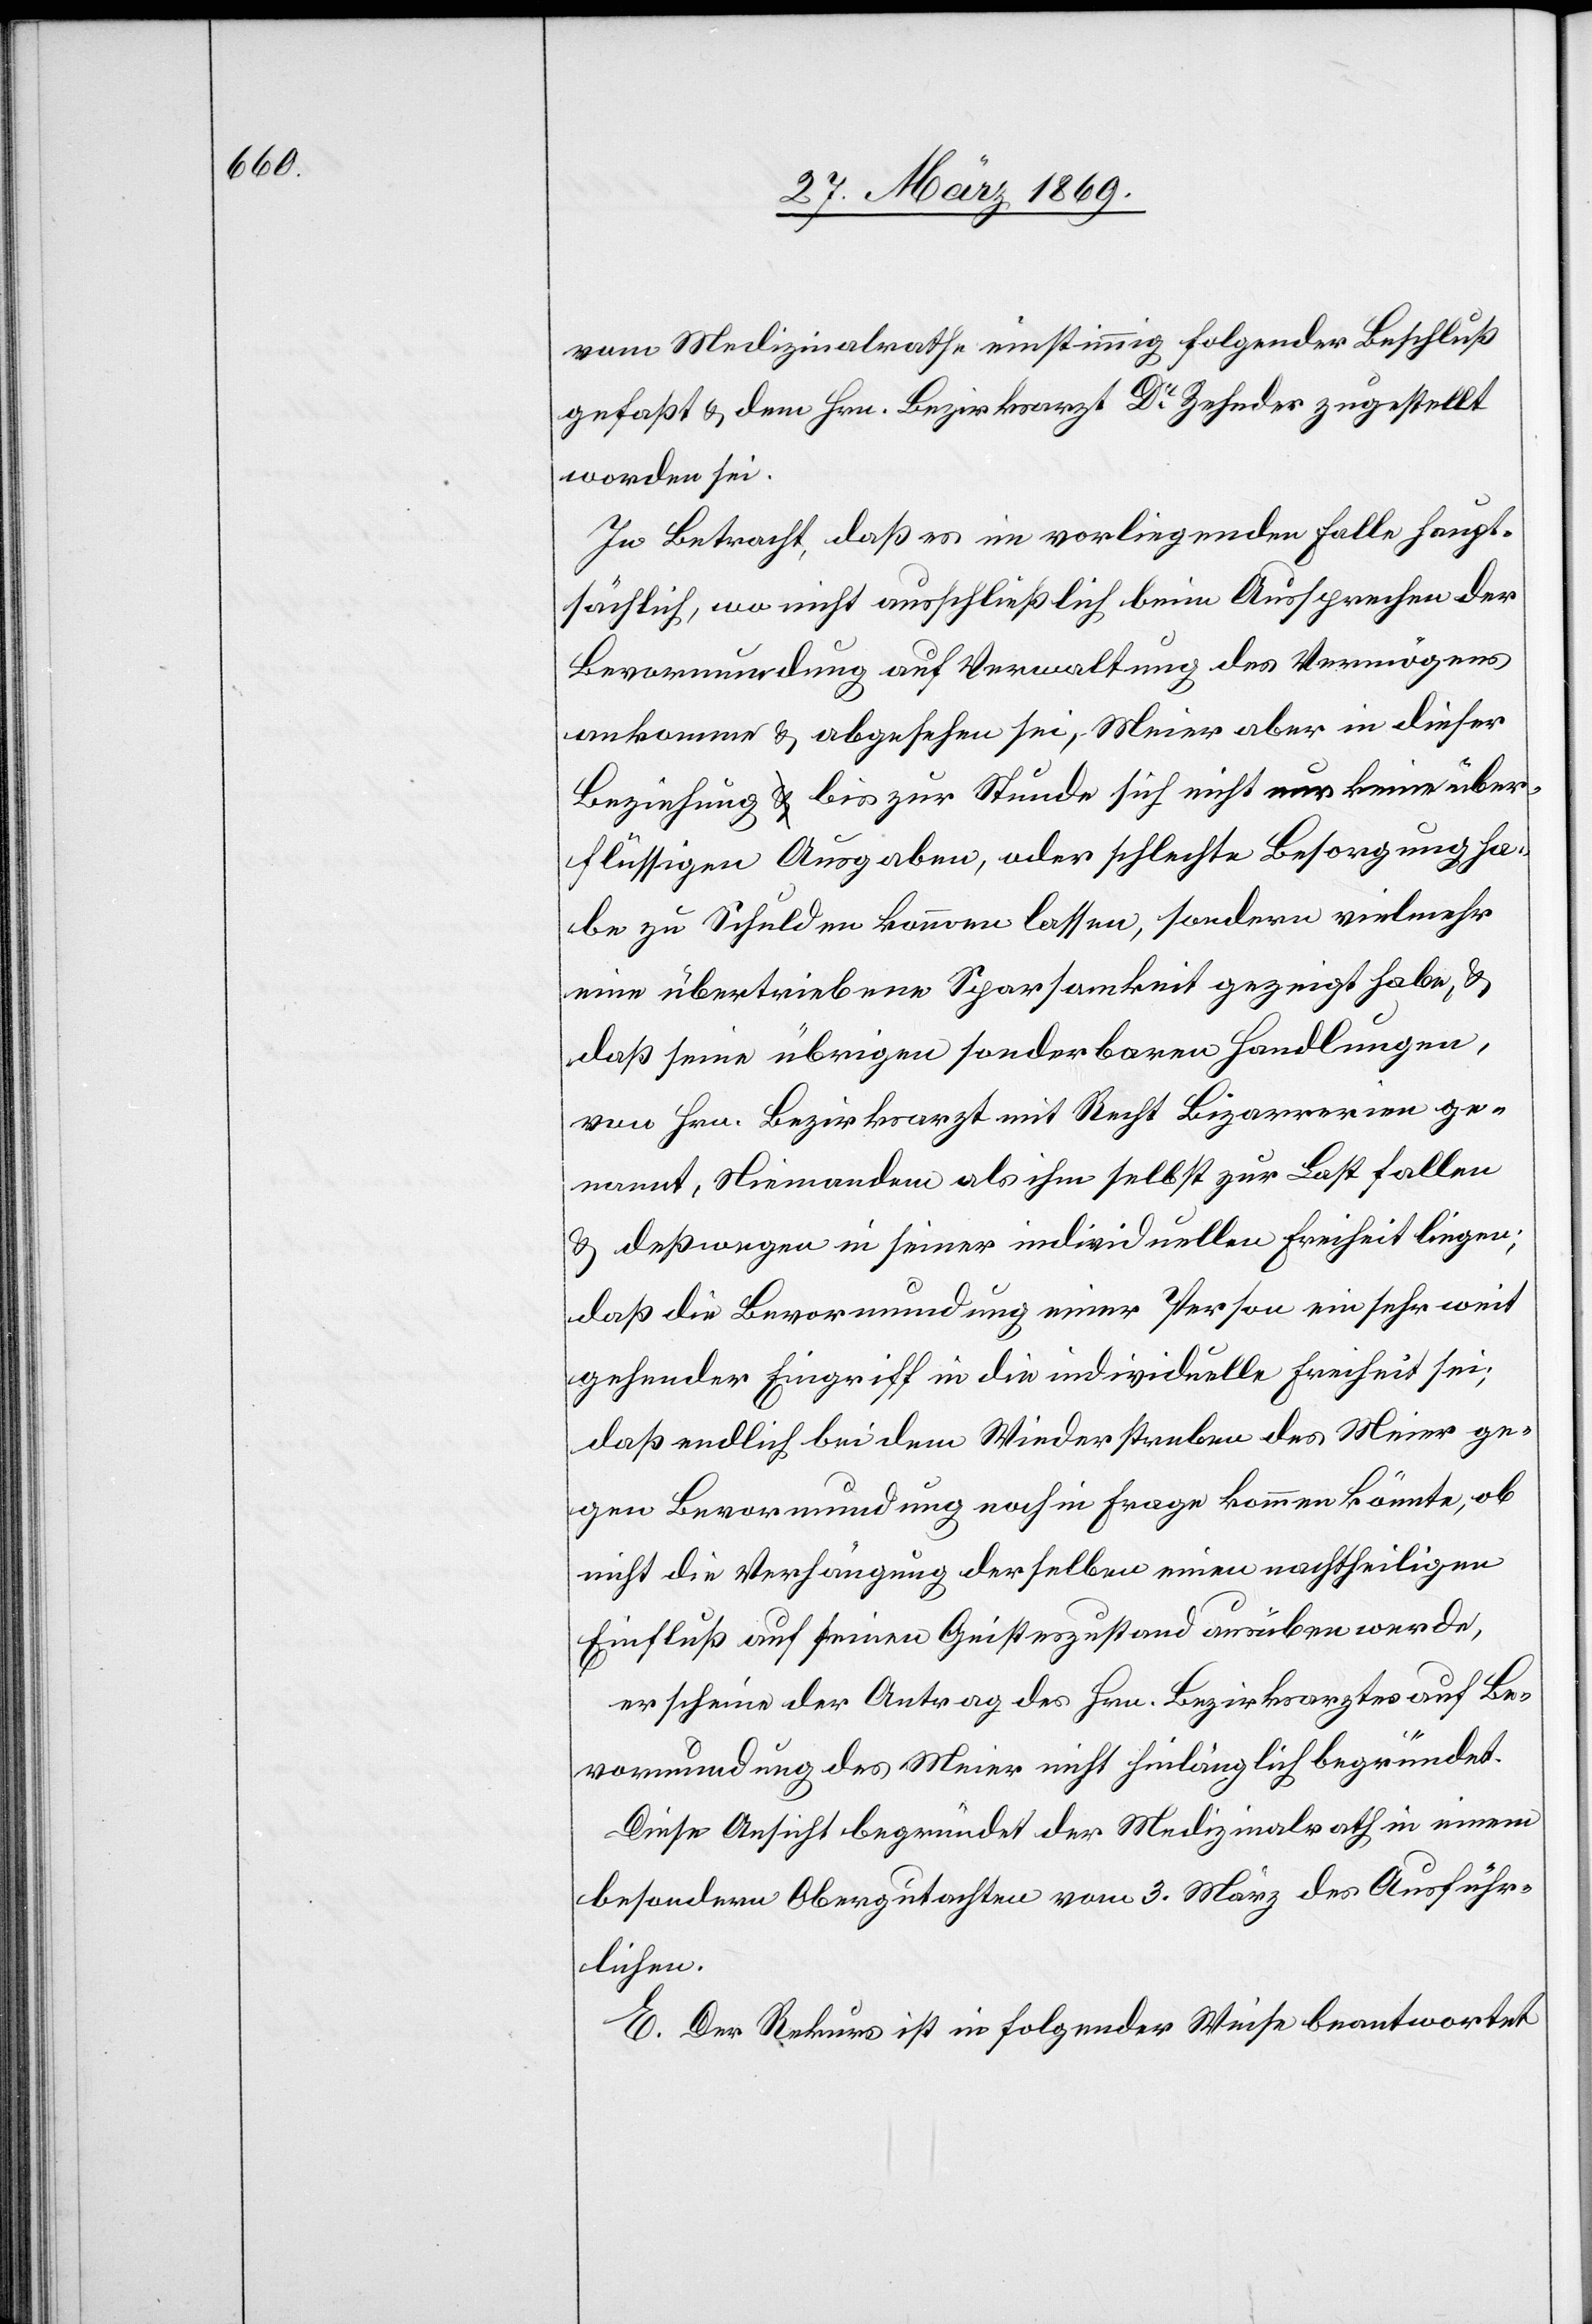
vom Medizinalrathe einstimmig folgender Beschluß
gefaßt u. dem Hrn. Bezirksarzt Dr Zehnder zugestellt
worden sei.
In Betracht, daß es im vorliegenden Falle haupt¬
sächlich, wo nicht ausschließlich beim Aussprechen der
Bevormundung auf Verwaltung des Vermögens
ankommen u. abgesehen sei, Meier aber in dieser
Beziehung bis zur Stunde sich nicht nur keine über¬
flüssigen Ausgaben, oder schlechte Besorgung ha¬
be zu Schulden kommen lassen, sondern vielmehr
eine übertriebene Sparsamkeit gezeigt habe, u.
daß seine übrigen sonderbaren Handlungen,
von Hrn. Bezirksarzt mit Recht Bizarreien ge¬
nannt, Niemanden als ihm selbst zur Last fallen
u. deßwegen in seiner individuellen Freiheit liegen;
daß die Bevormundung einer Person ein sehr weit
gehender Eingriff in die individuelle Freiheit sei;
daß endlich bei dem Wiederstreben des Meier ge¬
gen Bevormundung noch in Frage kommen könnte, ob
nicht die Verhängung derselben einen nachtheiligen
Einfluß auf seinen Geisteszustand ausüben werde,
erscheine der Antrag des Hrn. Bezirksarztes auf Be¬
vormundung des Meier nicht hinlänglich begründet.
Diese Ansicht begründet der Medizinalrath in einem
besondern Obergutachten vom 3. März des Ausführ¬
lichen.
E. Der Rekurs ist in folgender Weise beantwortet